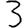
Digit: 3